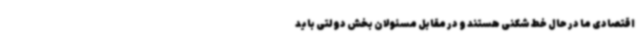
اقتصادی ما در حال خط شکنی هستند و در مقابل مسئولان بخش دولتی باید